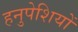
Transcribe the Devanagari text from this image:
हनुपेशियों